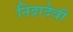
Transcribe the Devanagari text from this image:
निद्रादेवी